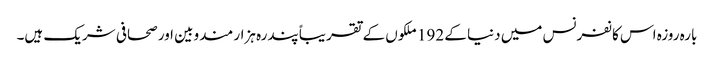
بارہ روزہ اس کانفرنس میں دنیا کے 192 ملکوں‍ کے تقریباً پندرہ ہزار مندوبین اور صحافی شریک ہیں۔